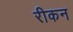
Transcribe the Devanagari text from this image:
रीकन